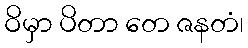
ဝိမှာ ပိတာ တေ ဇနတံ၊